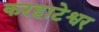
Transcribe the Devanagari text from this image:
करहाटेश्वर